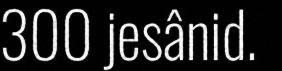
300 jesânid.